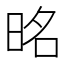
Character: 㫥